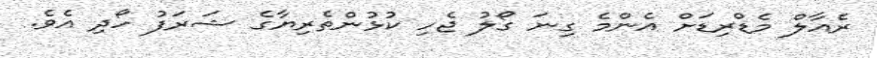
ރެއާލް މެޑްރިޑަށް އެންމެ ގިނަ ގޯލު ޖެހި ކުޅުންތެރިޔާގެ ޝަރަފު ހޯދި އެވެ.